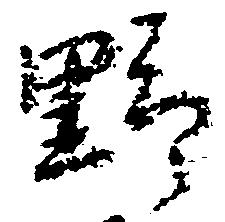
野